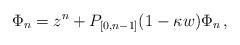
LaTeX: \begin{align*}\Phi_n=z^n+P_{[0,n-1]}(1-\kappa w)\Phi_n\,,\end{align*}